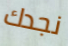
نجدك